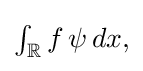
{\textstyle \int _{\mathbb {R} }f\,\psi \,dx,}